Civil Veterinary Department. United Provinces 1932-42 - 1932-1942
Year: 1932
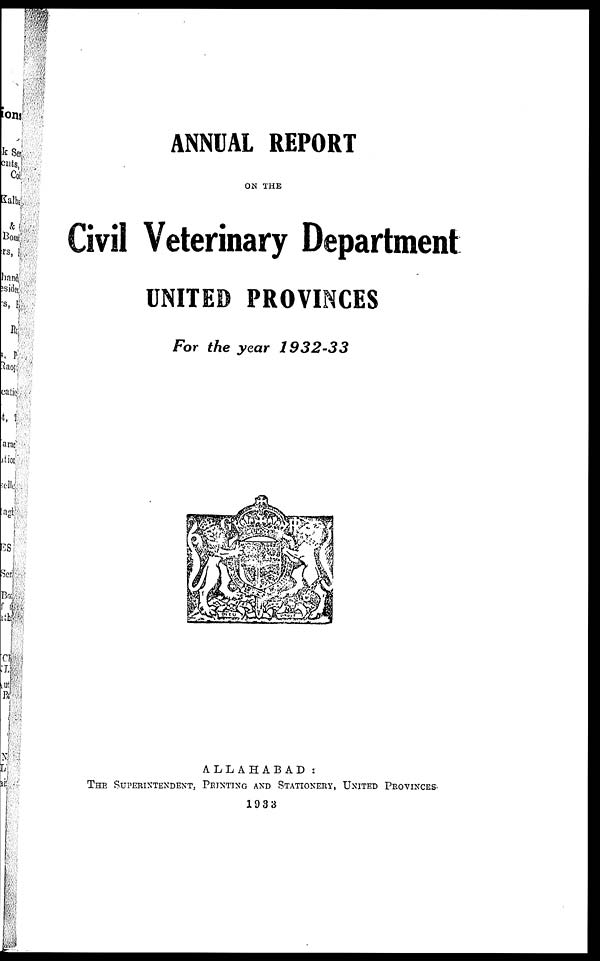
ANNUAL REPORT
ON THE
Civil Veterinary Department
UNITED PROVINCES
For the year
1932-33
ALLAHABAD:
THE SUPERINTENDENT, PRINTING AND STATIONERY, UNITED PROVINCES
1933